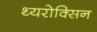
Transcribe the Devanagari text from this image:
थ्यरोक्सिन